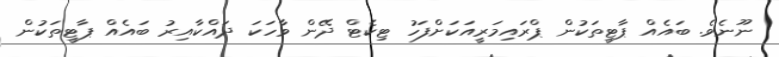
ނޫނެވެ. ބައެއް ޕާޓީތަކުން ޕްރައިމަރީއަކަށްފަހު ޓިކެޓް ދޭން ވާހަކަ ދައްކާއިރު ބައެއް ޕާޓީތަކުން